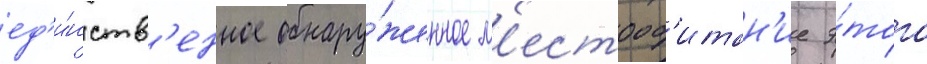
ед'и́нств'енное обнару́женное м'естооб'итан'ие э́того